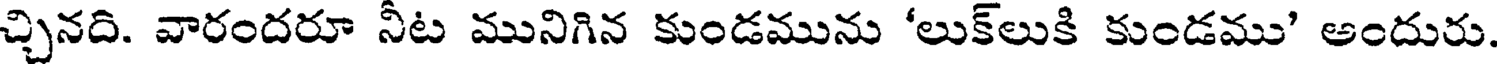
చ్చినది. వారందరూ నీట మునిగిన కుండమును 'లుక్లుకి కుండము' అందురు